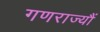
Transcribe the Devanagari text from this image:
गणराज्यौं